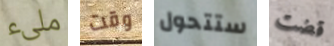
ملىء وقت ستتحول قضت